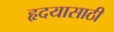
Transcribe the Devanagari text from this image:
हृदयासाठी